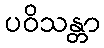
ပဝိသန္တာ